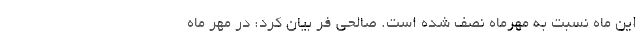
این ماه نسبت به مهرماه نصف شده است. صالحی فر بیان کرد: در مهر ماه